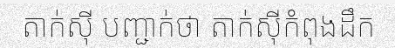
តាក់ស៊ី បញ្ជាក់ថា តាក់ស៊ីកំពុងដឹក